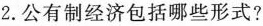
2.公有制经济包括哪些形式?